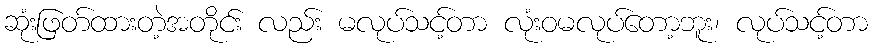
ဆုံးဖြတ်ထားတဲ့အတိုင်း လည်း မလုပ်သင့်တာ လုံးဝမလုပ်တော့ဘူး၊ လုပ်သင့်တာ